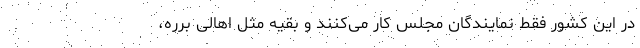
در این کشور فقط نمایندگان مجلس کار می‌کنند و بقیه مثل اهالی برره،